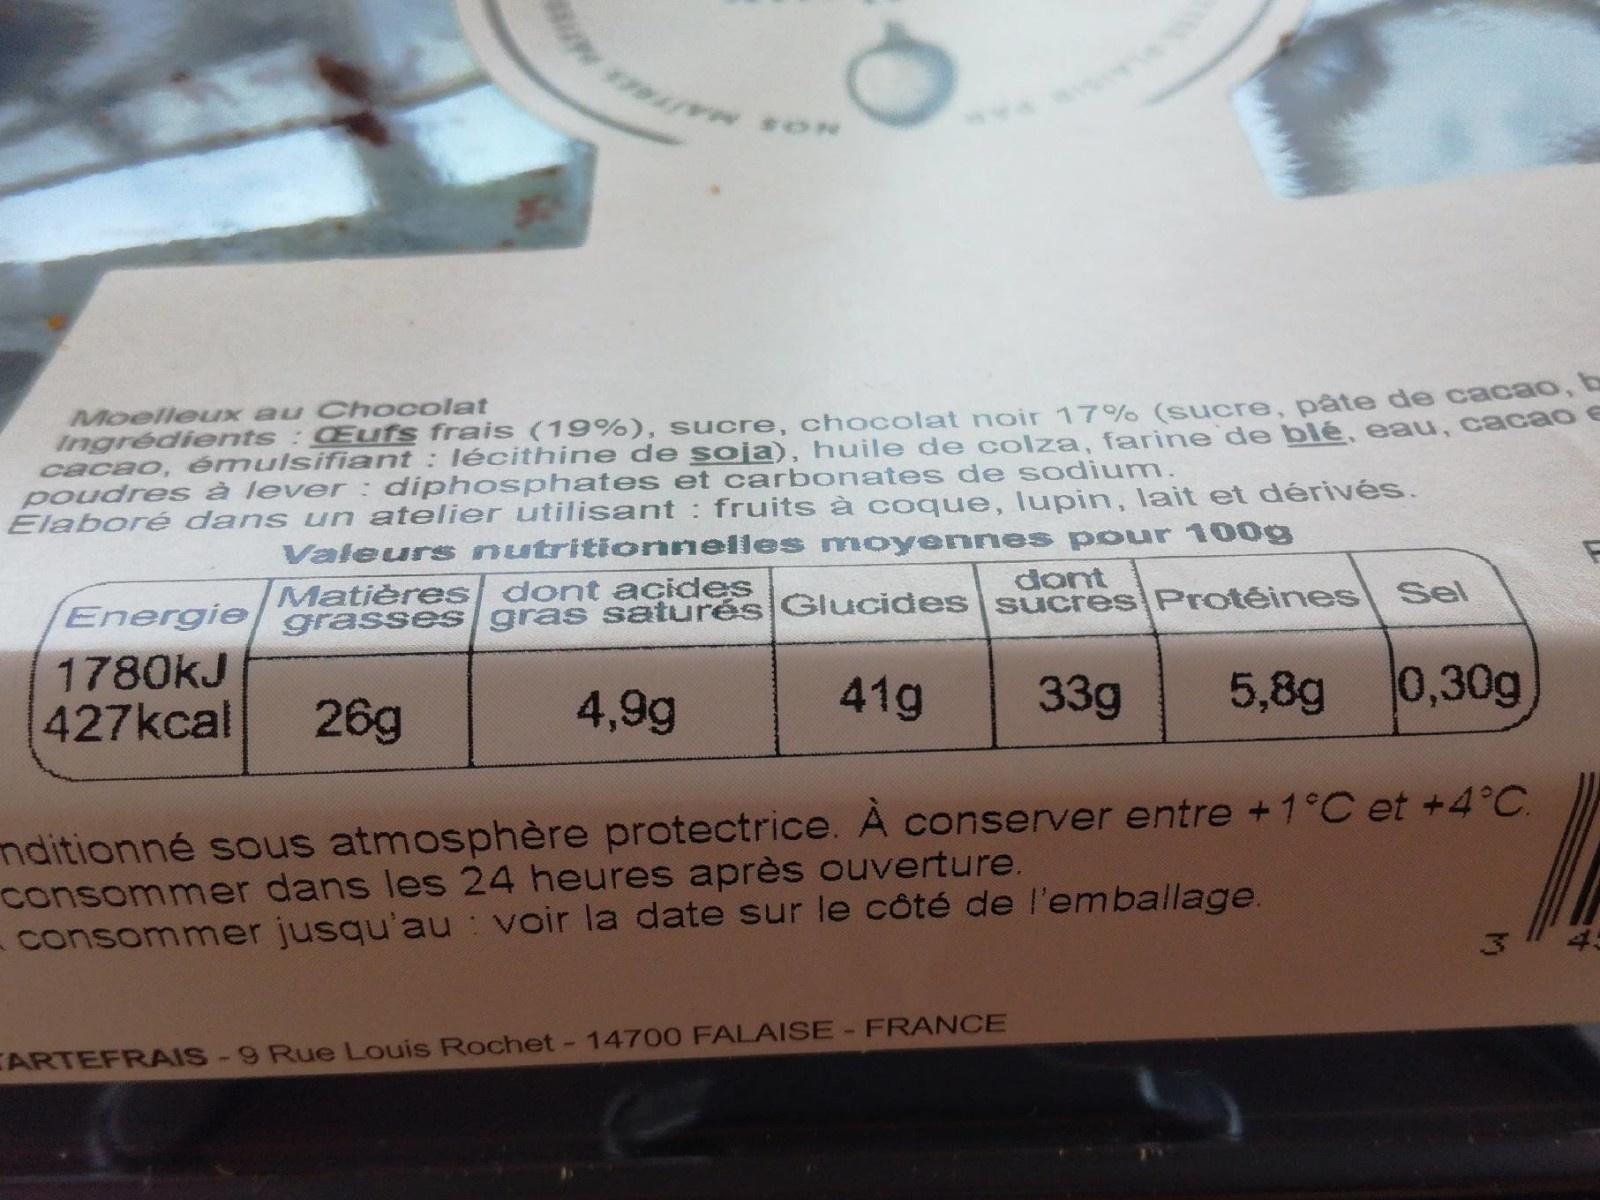
Moelleux au Chocolat
Ingrédients: Eufs frais (19%), sucre, chocolat noir 17% (sucre, pâte de cacao, b cacao, émulsifiant : lécithine de soja), huile de colza, farine de blé, eau, cacao E poudres à lever: diphosphates et carbonates de sodium. Elaboré dans un atelier utilisant : fruits à coque, lupin, lait et dérivés.
Valeurs nutritionnelles moyennes pour 100g
Matières dont acides
dont
Energie grasses gras saturés Glucides sucres Protéines
41g 33g
5,8g
1780kJ
427kcal 26g
4,9g
Sel
0,30g
nditionné sous atmosphère protectrice. À conserver entre +1°C et +4°C. consommer dans les 24 heures après ouverture.
consommer jusqu'au voir la date sur le côté de l'emballage.
CARTEFRAIS-9 Rue Louis Rochet - 14700 FALAISE - FRANCE
3
F